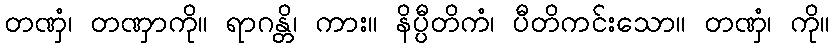
တဏှံ၊ တဏှာကို။ ရာဂန္တိ၊ ကား။ နိပ္ပီတိကံ၊ ပီတိကင်းသော။ တဏှံ၊ ကို။